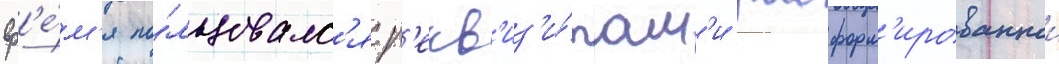
вр'е́м'я по́льзовалс'я р'екв'из'и́там'и расформ'ированнои